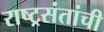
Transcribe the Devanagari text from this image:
राष्ट्रसंतांची